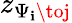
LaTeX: z_{\Psi_{\mathbf{i}}\toj}